Tezpur Lunatic Asylum reports 1877-1894 - 1877-1894
Year: 1877
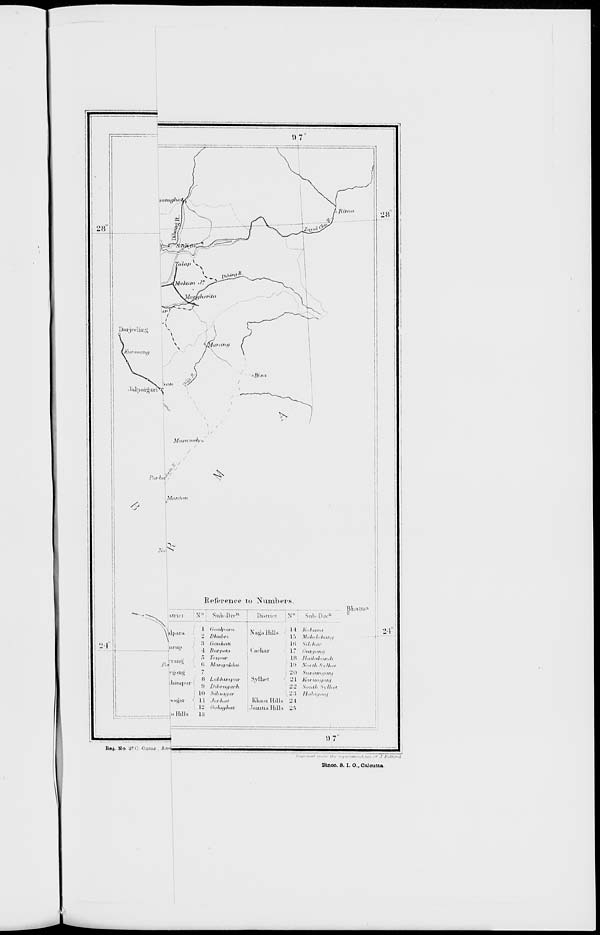
2 I
in iip
/:./
i ■ 111 • j
1 lioaipura
2 Dliubn
:> Gauhah
•I Itttr/n'tti
(i MittiftnLltli
I'gllUg
llllli|illl'
I
M l.iit.ftuiiftif
:i Dibrugarh
Hi Sibaagiw
nagai'
1 1 Jorhal
12 GolaffhtU
... Hills
13
LS M„l.,.l.,l„„„,
in s//,/,,,,-
17
l 'ii/!/'>ri'j
Lfl HaUaJtfwdi
111 A',.,-//, S'v/A../
20 Sufianwury
' _' 1 Kariiii/iiity
22 .v...,//. M//,W
li.'i II,,!■,.,„„,
Khasi II.IU :J l
Immi.i Hills 26
NagaHiLI
( achar
Sylhei
i)7
B«g. No J7G Oomr Aa«li
./ . .r.,...,.,„,.„.(.,„., ... J y„U...:l
Ztnoo. a. I. o., Calcutta.